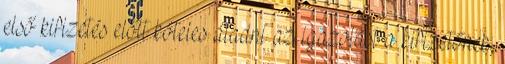
első kifizetés előtt köteles átadni az igazolást a kifizetőnek,